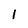
Character: 1